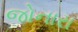
જોનારા